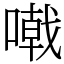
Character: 𠽤